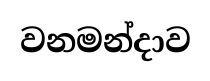
වනමන්දාව